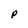
Character: p